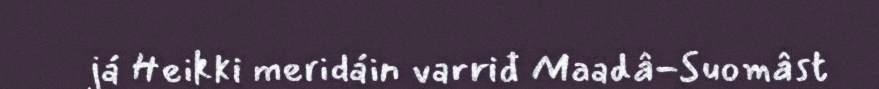
já Heikki meridáin varriđ Maadâ-Suomâst